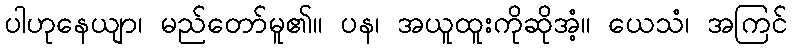
ပါဟုနေယျာ၊ မည်တော်မူ၏။ ပန၊ အယူထူးကိုဆိုအံ့။ ယေသံ၊ အကြင်